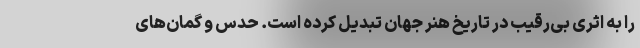
را به اثری بی‌رقیب در تاریخ هنر جهان تبدیل کرده است. حدس و گمان‌های